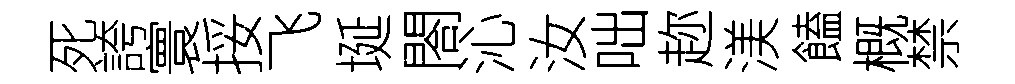
死誇寰挼飞埏閤沁汝咄趂渼饁概禁